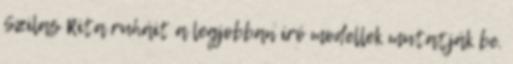
Szilas Rita ruháit a legjobban író modellek mutatják be.